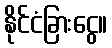
နိုင်ငံခြားငွေ။